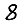
Digit: 8